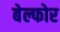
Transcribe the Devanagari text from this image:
बेल्फोर